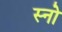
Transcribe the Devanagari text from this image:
स्‍नो